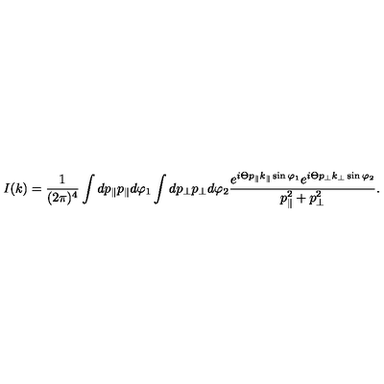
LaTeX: I ( k ) = \frac { 1 } { ( 2 \pi ) ^ { 4 } } \int d p _ { \parallel } p _ { \parallel } d \varphi _ { 1 } \int d p _ { \perp } p _ { \perp } d \varphi _ { 2 } \frac { e ^ { i \Theta p _ { \parallel } k _ { \parallel } \sin \varphi _ { 1 } } e ^ { i \Theta p _ { \perp } k _ { \perp } \sin \varphi _ { 2 } } } { p _ { \parallel } ^ { 2 } + p _ { \perp } ^ { 2 } } .